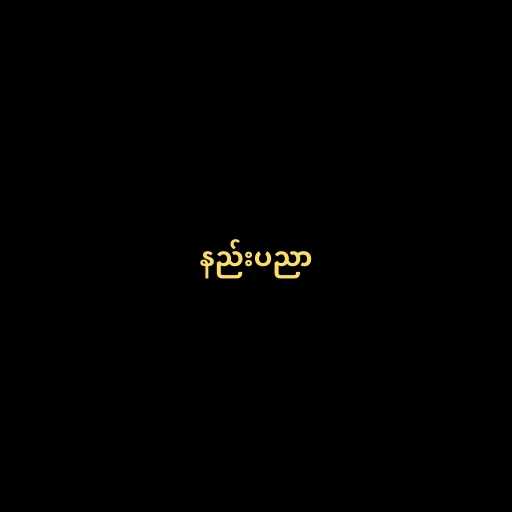
နည်းပညာ